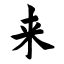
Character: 来